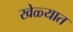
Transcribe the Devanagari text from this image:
खेळ्यात